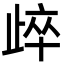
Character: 㱖